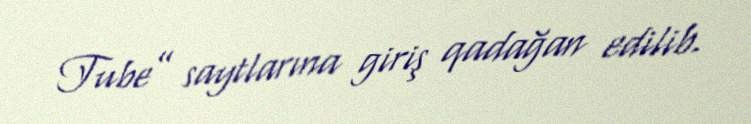
Tube” saytlarına giriş qadağan edilib.